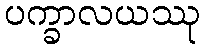
ပက္ခာလယဿု